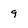
Character: 9